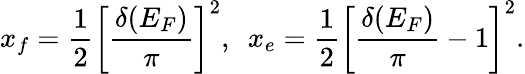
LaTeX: x_{f}={\frac{1}{2}}\left[{\frac{\delta(E_{F})}{\pi}}\right]^{2},\ \ x_{e}={\frac{1}{2}}\left[{\frac{\delta(E_{F})}{\pi}}-1\right]^{2}.